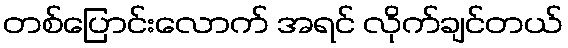
တစ်ပြောင်းလောက် အရင် လိုက်ချင်တယ်